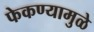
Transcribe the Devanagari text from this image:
फेकण्यामुळे